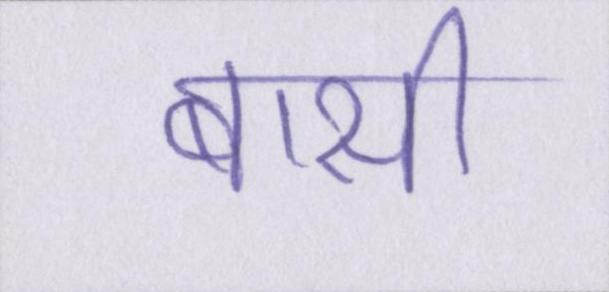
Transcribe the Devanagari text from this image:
बासी